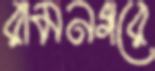
রামনগরে